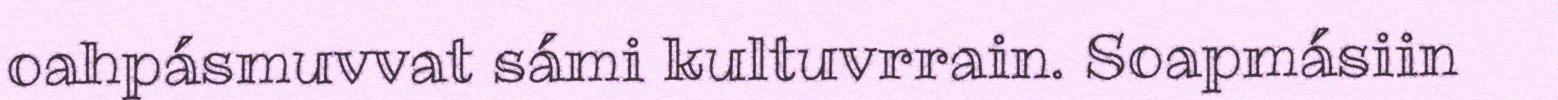
oahpásmuvvat sámi kultuvrrain. Soapmásiin